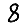
Digit: 8